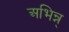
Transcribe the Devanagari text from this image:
अभिन्न्